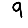
Digit: 9